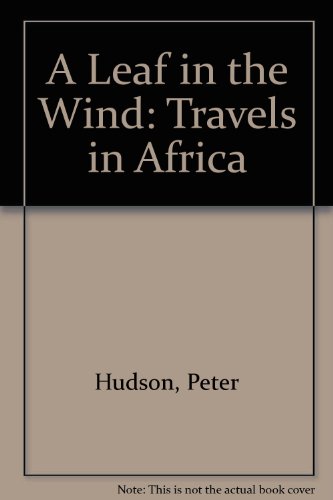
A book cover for A Leaf in the Wind: Travels in Africa; Peter Hudson; Travel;